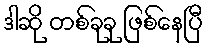
ဒါဆို တစ်ခုခု ဖြစ်နေပြီ